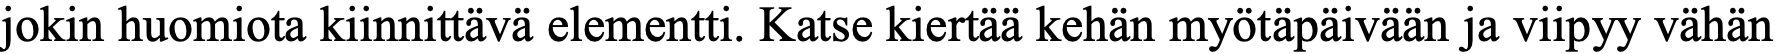
jokin huomiota kiinnittävä elementti. Katse kiertää kehän myötäpäivään ja viipyy vähän